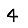
Digit: 4